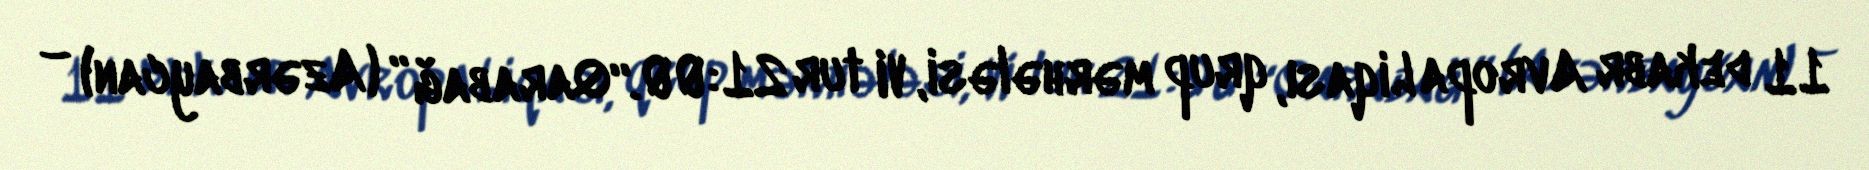
11 dekabr Avropa Liqası, qrup mərhələsi, VI tur 21:00.“Qarabağ” (Azərbaycan) –